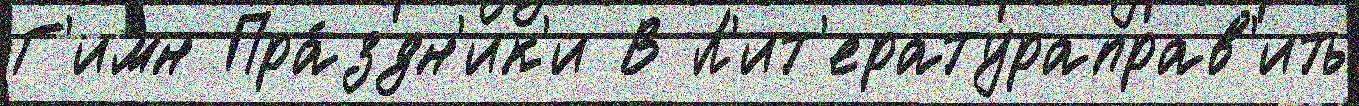
Г'имн Пра́здн'ик'и В Л'ит'ератураправ'ить